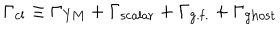
LaTeX: \Gamma _ { \mathrm { c l } } \equiv \Gamma _ { \mathrm { Y M } } + \Gamma _ { \mathrm { s c a l a r } } + \Gamma _ { \mathrm { g . f . } } + \Gamma _ { \mathrm { g h o s t } }